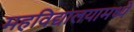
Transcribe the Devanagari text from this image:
महविद्यालयामध्ये